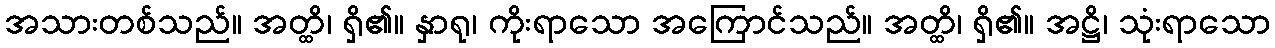
အသားတစ်သည်။ အတ္ထိ၊ ရှိ၏။ နှာရု၊ ကိုးရာသော အကြောင်သည်။ အတ္ထိ၊ ရှိ၏။ အဋ္ဌိ၊ သုံးရာသော